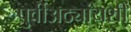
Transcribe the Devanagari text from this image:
पुर्वीअठ्यांयशीं